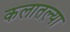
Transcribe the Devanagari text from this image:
कलातल्या